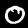
Digit: 0